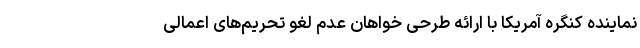
نماینده کنگره آمریکا با ارائه طرحی خواهان عدم لغو تحریم‌های اعمالی